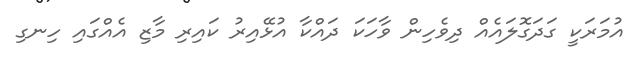
އުމަރަކީ ގަދަގޮލައެއް ދިވެހިން ވާހަކަ ދައްކާ އުޅޭއިރު ކައިރި މާޒި އެއްގައި ހިނގި